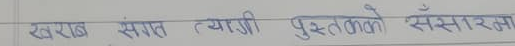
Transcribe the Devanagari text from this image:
खरुड संगत त्यारी पुस्तकको संसारमा